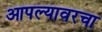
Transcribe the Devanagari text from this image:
आपल्यावरचा